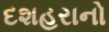
દશહરાનો